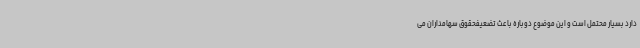
دارد بسیار محتمل است و این موضوع دوباره باعث تضعیفحقوق سهامداران می